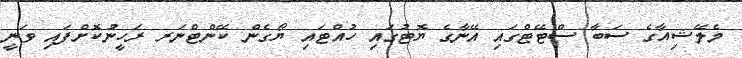
މެލޭޝިއާގެ ސަބާ ސްޓޭޓްގައި އޭނާގެ ޔޮޓުގައި ހުއްޓައި ޔޯގެން ކޭންޓްނަރ ރަހީނުކޮށްފައި ވަނީ